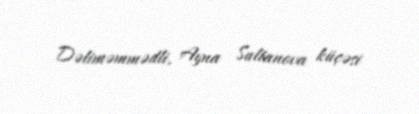
Dəliməmmədli, Ayna Sultanova küçəsi